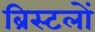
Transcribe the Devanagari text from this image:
ब्रिस्टलों